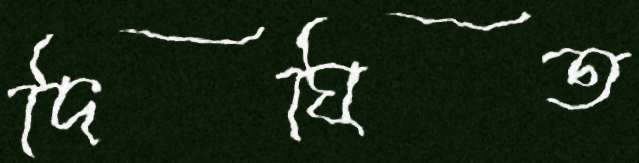
দিঘিত